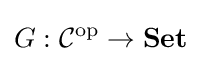
G:{\mathcal {C}}^{\text{op}}\rightarrow \mathbf {Set}